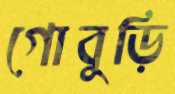
গোবুড়ি